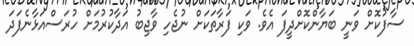
ސާފުކޮށް ވަނީ ބަޔާންކޮށްދީފަ އެވެ. ވަކި ފަރާތަކަށް ނުޖެހި ވާޖިބު އަދާކުރުމަށް ހުރަސްއަޅާނެފަދަ